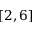
[ 2 , 6 ]